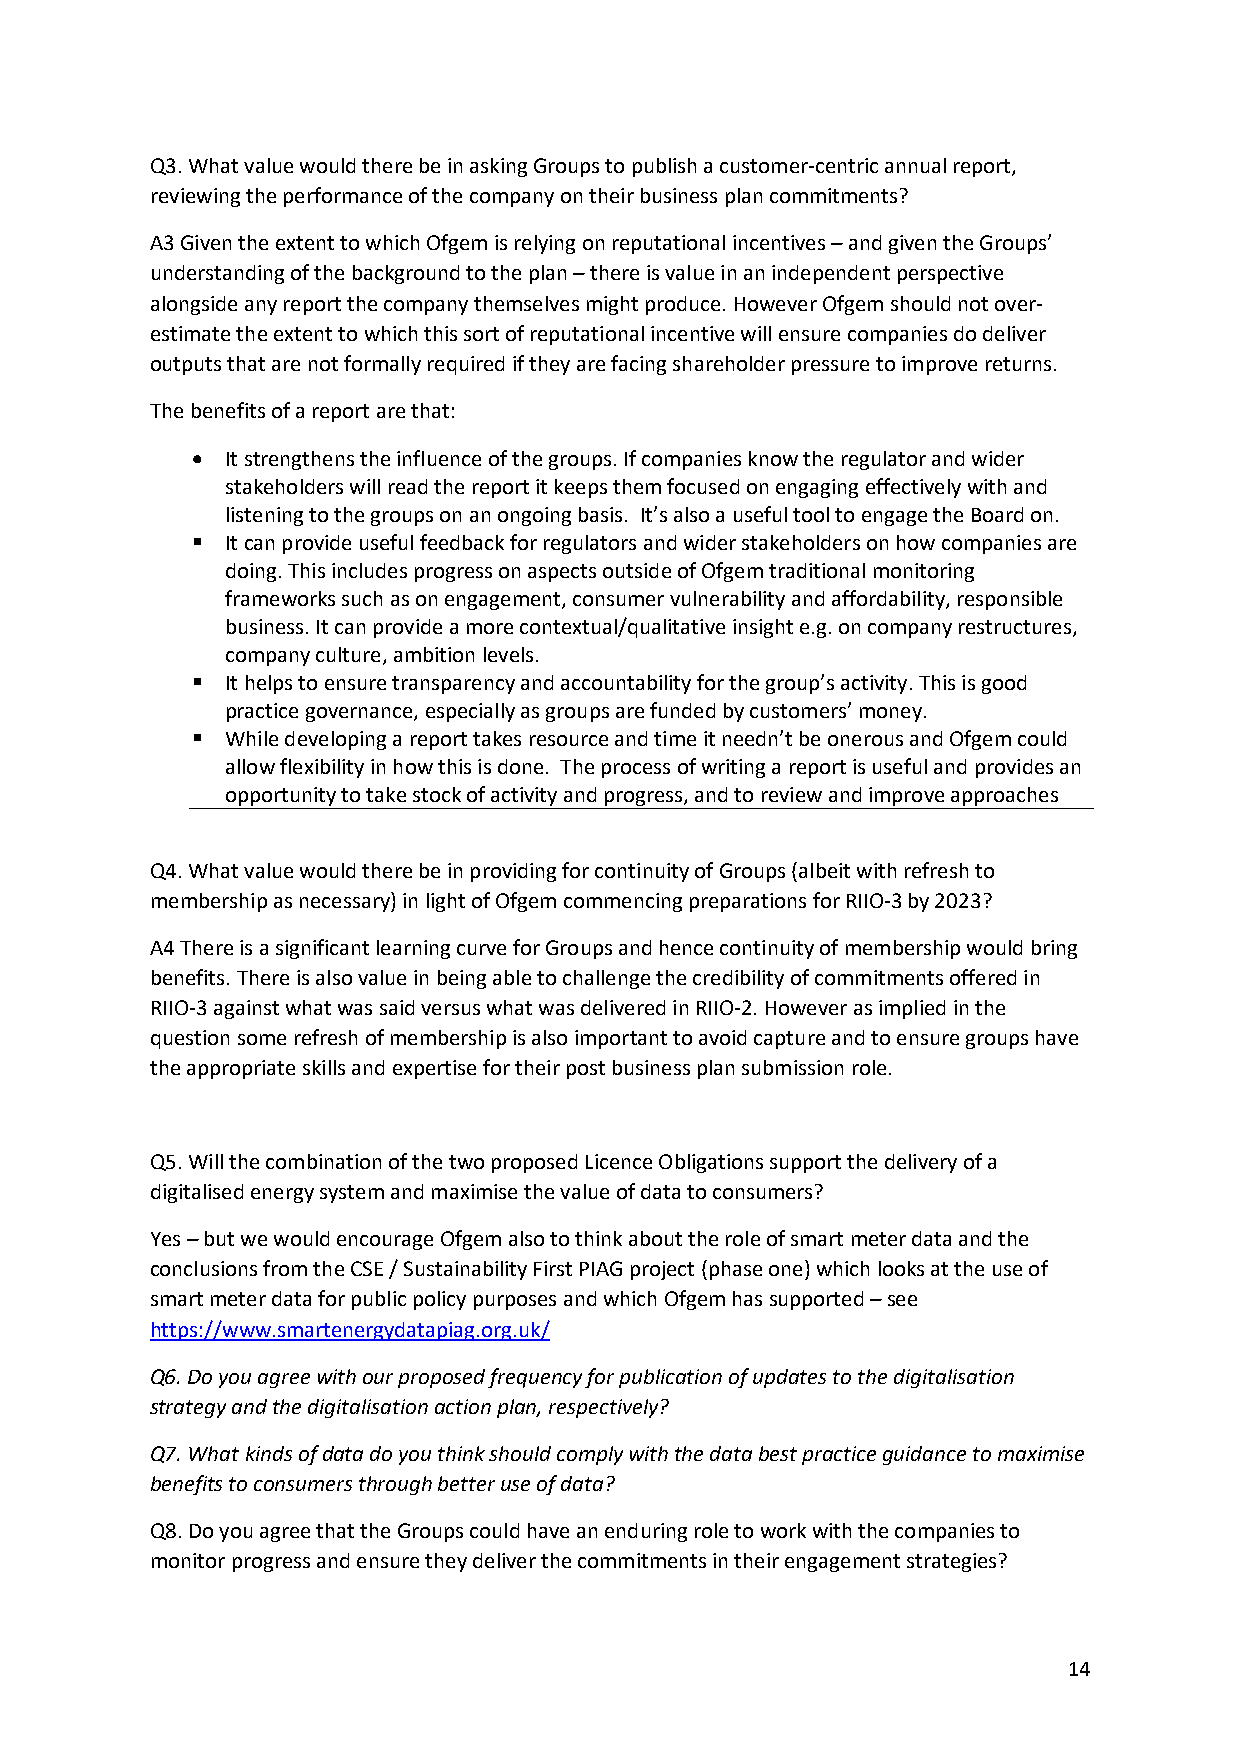
Q3. What value would there be in asking Groups to publish a customer-centric annual report,
 reviewing the performance of the company on their business plan commitments?
 A3 Given the extent to which Ofgem is relying on reputational incentives – and given the Groups’
 understanding of the background to the plan – there is value in an independent perspective
 alongside any report the company themselves might produce. However Ofgem should not over-
 estimate the extent to which this sort of reputational incentive will ensure companies do deliver
 outputs that are not formally required if they are facing shareholder pressure to improve returns.
 The benefits of a report are that:
 • It strengthens the influence of the groups. If companies know the regulator and wider
 stakeholders will read the report it keeps them focused on engaging effectively with and
 listening to the groups on an ongoing basis. It’s also a useful tool to engage the Board on.
 § It can provide useful feedback for regulators and wider stakeholders on how companies are
 doing. This includes progress on aspects outside of Ofgem traditional monitoring
 frameworks such as on engagement, consumer vulnerability and affordability, responsible
 business. It can provide a more contextual/qualitative insight e.g. on company restructures,
 company culture, ambition levels.
 § It helps to ensure transparency and accountability for the group’s activity. This is good
 practice governance, especially as groups are funded by customers’ money.
 § While developing a report takes resource and time it needn’t be onerous and Ofgem could
 allow flexibility in how this is done. The process of writing a report is useful and provides an
 opportunity to take stock of activity and progress, and to review and improve approaches
 Q4. What value would there be in providing for continuity of Groups (albeit with refresh to
 membership as necessary) in light of Ofgem commencing preparations for RIIO-3 by 2023?
 A4 There is a significant learning curve for Groups and hence continuity of membership would bring
 benefits. There is also value in being able to challenge the credibility of commitments offered in
 RIIO-3 against what was said versus what was delivered in RIIO-2. However as implied in the
 question some refresh of membership is also important to avoid capture and to ensure groups have
 the appropriate skills and expertise for their post business plan submission role.
 Q5. Will the combination of the two proposed Licence Obligations support the delivery of a
 digitalised energy system and maximise the value of data to consumers?
 Yes – but we would encourage Ofgem also to think about the role of smart meter data and the
 conclusions from the CSE / Sustainability First PIAG project (phase one) which looks at the use of
 smart meter data for public policy purposes and which Ofgem has supported – see
 https://www.smartenergydatapiag.org.uk/
 Q6. Do you agree with our proposed frequency for publication of updates to the digitalisation
 strategy and the digitalisation action plan, respectively?
 Q7. What kinds of data do you think should comply with the data best practice guidance to maximise
 benefits to consumers through better use of data?
 Q8. Do you agree that the Groups could have an enduring role to work with the companies to
 monitor progress and ensure they deliver the commitments in their engagement strategies?
 14